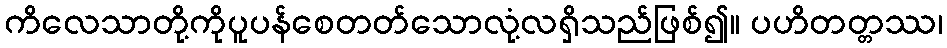
ကိလေသာတို့ကိုပူပန်စေတတ်သောလုံ့လရှိသည်ဖြစ်၍။ ပဟိတတ္တဿ၊